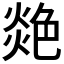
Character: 𦫟